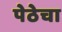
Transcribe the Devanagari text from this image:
पेठेचा